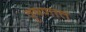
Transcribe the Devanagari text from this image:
वृषणात